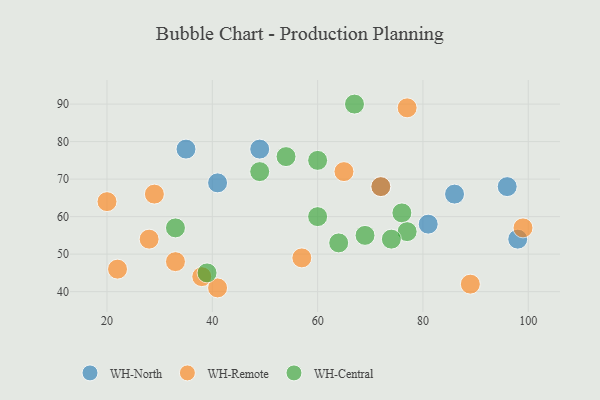
{"axis": {"x": "GDP", "y": "Life Expectancy"}, "legend": ["WH-Central", "WH-North", "WH-Remote"], "data": [{"x": "49", "y": 78, "type": "WH-North"}, {"x": "72", "y": 68, "type": "WH-North"}, {"x": "35", "y": 78, "type": "WH-North"}, {"x": "98", "y": 54, "type": "WH-North"}, {"x": "86", "y": 66, "type": "WH-North"}, {"x": "96", "y": 68, "type": "WH-North"}, {"x": "81", "y": 58, "type": "WH-North"}, {"x": "41", "y": 69, "type": "WH-North"}, {"x": "57", "y": 49, "type": "WH-Remote"}, {"x": "38", "y": 44, "type": "WH-Remote"}, {"x": "29", "y": 66, "type": "WH-Remote"}, {"x": "28", "y": 54, "type": "WH-Remote"}, {"x": "99", "y": 57, "type": "WH-Remote"}, {"x": "77", "y": 89, "type": "WH-Remote"}, {"x": "41", "y": 41, "type": "WH-Remote"}, {"x": "89", "y": 42, "type": "WH-Remote"}, {"x": "72", "y": 68, "type": "WH-Remote"}, {"x": "33", "y": 48, "type": "WH-Remote"}, {"x": "65", "y": 72, "type": "WH-Remote"}, {"x": "22", "y": 46, "type": "WH-Remote"}, {"x": "20", "y": 64, "type": "WH-Remote"}, {"x": "67", "y": 90, "type": "WH-Central"}, {"x": "64", "y": 53, "type": "WH-Central"}, {"x": "76", "y": 61, "type": "WH-Central"}, {"x": "77", "y": 56, "type": "WH-Central"}, {"x": "60", "y": 60, "type": "WH-Central"}, {"x": "33", "y": 57, "type": "WH-Central"}, {"x": "69", "y": 55, "type": "WH-Central"}, {"x": "74", "y": 54, "type": "WH-Central"}, {"x": "60", "y": 75, "type": "WH-Central"}, {"x": "39", "y": 45, "type": "WH-Central"}, {"x": "54", "y": 76, "type": "WH-Central"}, {"x": "49", "y": 72, "type": "WH-Central"}]}